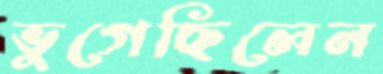
ভুগেছিলেন